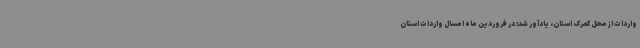
واردات از محل گمرک استان، یادآور شد: در فروردین ماه امسال واردات استان